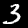
Digit: 3